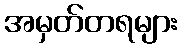
အမှတ်တရများ